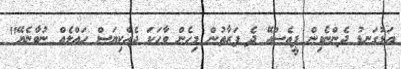
އަޅުގަނޑު ދެންނެވިން ޕީއެސްއޭ ދެ ފަރާތުން މިހެން ވާހަކަ ދެއްކިޔަސް ހައްލެއް ނުވާނެޔޭ"